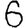
Digit: 6